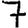
Digit: 7